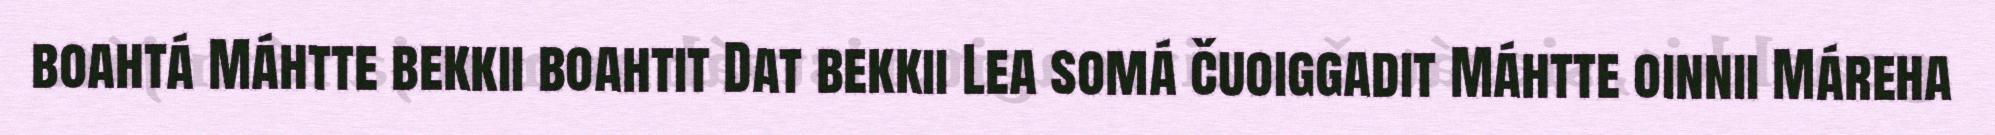
boahtá Máhtte bekkii boahtit Dat bekkii Lea somá čuoiggadit Máhtte oinnii Máreha